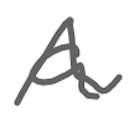
Text: a
Cross-out: wave
Writing tool: digital_gray